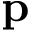
\mathbf { p }